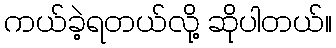
ကယ်ခဲ့ရတယ်လို့ ဆိုပါတယ်။